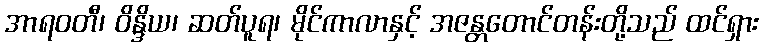
အာရဝတီ၊ ဝိန္ဒိယ၊ ဆတ်ပူရ၊ မိုင်ကာလာနှင့် အဇန္တတောင်တန်းတို့သည် ထင်ရှား